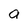
Character: a